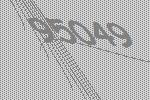
95049